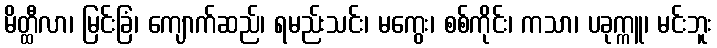
မိတ္ထီလာ၊ မြင်းခြံ၊ ကျောက်ဆည်၊ ရမည်းသင်း၊ မကွေး၊ စစ်ကိုင်း၊ ကသာ၊ ပခုက္ကူ၊ မင်းဘူး